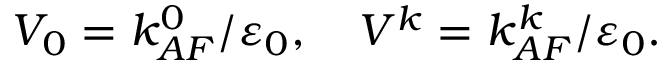
V _ { 0 } = k _ { A F } ^ { 0 } / \varepsilon _ { 0 } , \quad V ^ { k } = k _ { A F } ^ { k } / \varepsilon _ { 0 } .